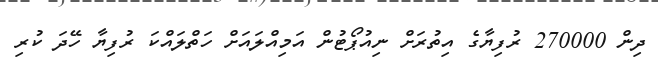
ދިން 270000 ރުފިޔާގެ އިތުރަށް ނިއުޕޯޓުން އަމިއްލައަށް ހަތްލައްކަ ރުފިޔާ ހޭދަ ކުރި